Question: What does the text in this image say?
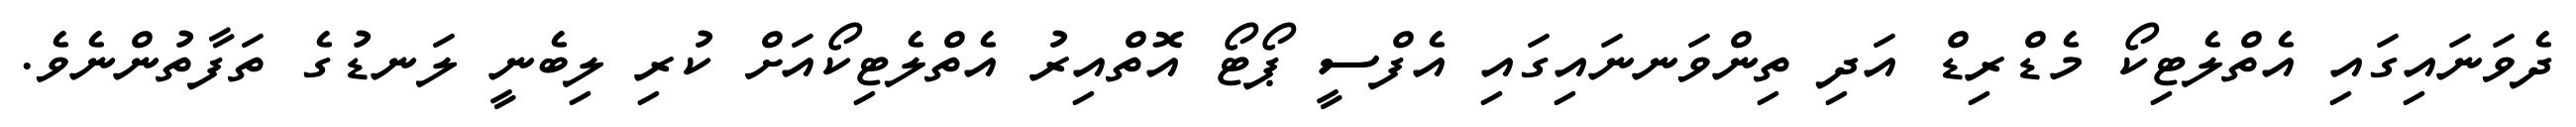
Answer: ދެވަނައިގައި އެތްލެޓިކޯ މެޑްރިޑް އަދި ތިންވަނނައިގައި އެފްސީ ޕޯޓޯ އޮތްއިރު އެތްލެޓިކޯއަށް ކުރި ލިބެނީ ލަނޑުގެ ތަފާތުންނެވެ.